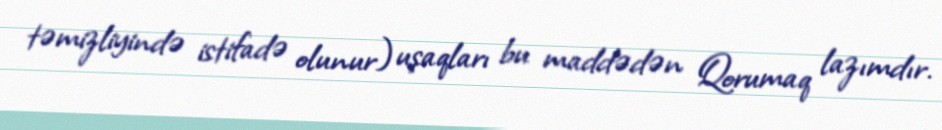
təmizliyində istifadə olunur) uşaqları bu maddədən Qorumaq lazımdır.